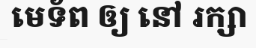
មេទ័ព ឲ្យ នៅ រក្សា